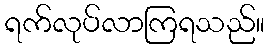
ရက်လုပ်လာကြရသည်။